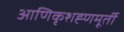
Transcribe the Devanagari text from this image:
आणिकृशह्णमूर्ती